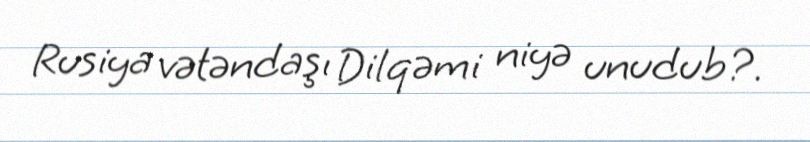
Rusiya vətəndaşı Dilqəmi niyə unudub?.